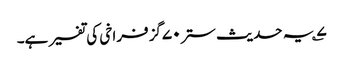
۷؎ یہ حدیث ستر۷۰گز فراخی کی تفسیر ہے۔